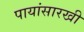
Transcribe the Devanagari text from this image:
पायांसारखी